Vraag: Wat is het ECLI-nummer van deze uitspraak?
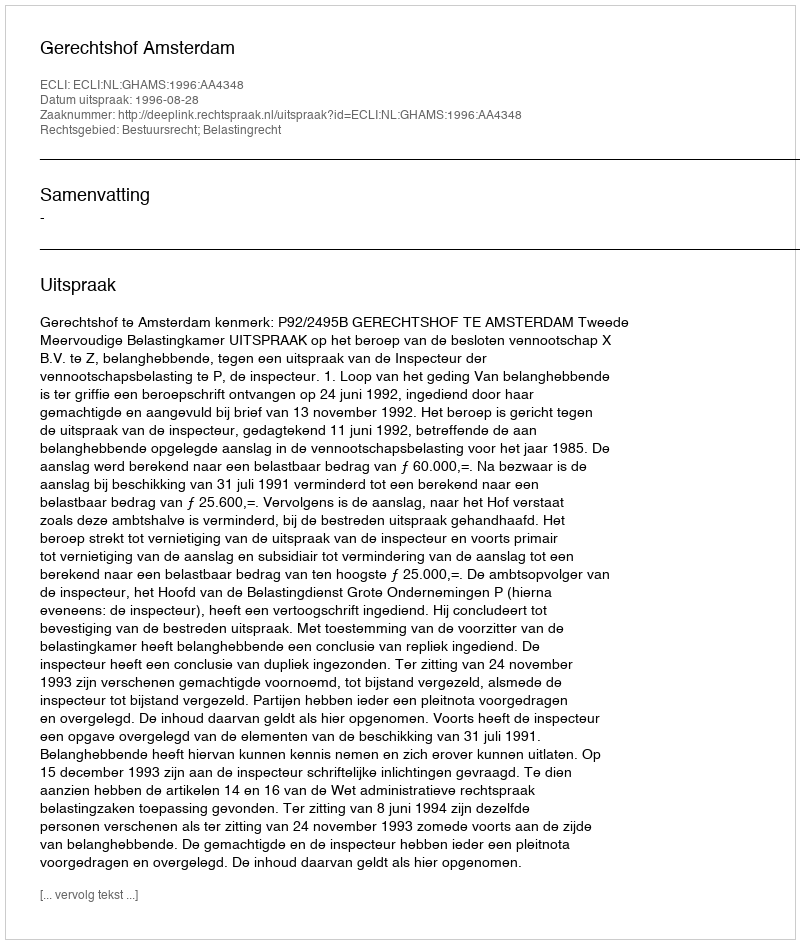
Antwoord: ECLI:NL:GHAMS:1996:AA4348